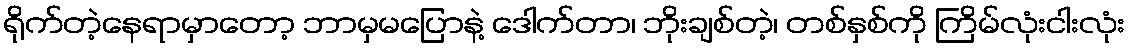
ရိုက်တဲ့နေရာမှာတော့ ဘာမှမပြောနဲ့ ဒေါက်တာ၊ ဘိုးချစ်တဲ့၊ တစ်နှစ်ကို ကြိမ်လုံးငါးလုံး